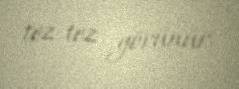
tez-tez görünür.